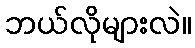
ဘယ်လိုများလဲ။